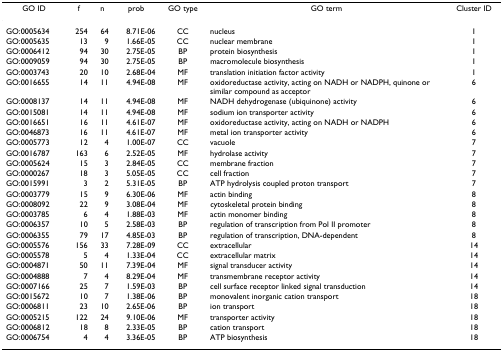
<table><thead><tr><td><b>GO ID</b></td><td><b>f</b></td><td><b>n</b></td><td><b>prob</b></td><td><b>GO type</b></td><td><b>GO term</b></td><td><b>Cluster ID</b></td></tr></thead><tbody><tr><td>GO:0005634</td><td>254</td><td>64</td><td>8.71E-06</td><td>CC</td><td>nucleus</td><td>1</td></tr><tr><td>GO:0005635</td><td>13</td><td>9</td><td>1.66E-05</td><td>CC</td><td>nuclear membrane</td><td>1</td></tr><tr><td>GO:0006412</td><td>94</td><td>30</td><td>2.75E-05</td><td>BP</td><td>protein biosynthesis</td><td>1</td></tr><tr><td>GO:0009059</td><td>94</td><td>30</td><td>2.75E-05</td><td>BP</td><td>macromolecule biosynthesis</td><td>1</td></tr><tr><td>GO:0003743</td><td>20</td><td>10</td><td>2.68E-04</td><td>MF</td><td>translation initiation factor activity</td><td>1</td></tr><tr><td>GO:0016655</td><td>14</td><td>11</td><td>4.94E-08</td><td>MF</td><td>oxidoreductase activity, acting on NADH or NADPH, quinone or similar compound as acceptor</td><td>6</td></tr><tr><td>GO:0008137</td><td>14</td><td>11</td><td>4.94E-08</td><td>MF</td><td>NADH dehydrogenase (ubiquinone) activity</td><td>6</td></tr><tr><td>GO:0015081</td><td>14</td><td>11</td><td>4.94E-08</td><td>MF</td><td>sodium ion transporter activity</td><td>6</td></tr><tr><td>GO:0016651</td><td>16</td><td>11</td><td>4.61E-07</td><td>MF</td><td>oxidoreductase activity, acting on NADH or NADPH</td><td>6</td></tr><tr><td>GO:0046873</td><td>16</td><td>11</td><td>4.61E-07</td><td>MF</td><td>metal ion transporter activity</td><td>6</td></tr><tr><td>GO:0005773</td><td>12</td><td>4</td><td>1.00E-07</td><td>CC</td><td>vacuole</td><td>7</td></tr><tr><td>GO:0016787</td><td>163</td><td>6</td><td>2.52E-05</td><td>MF</td><td>hydrolase activity</td><td>7</td></tr><tr><td>GO:0005624</td><td>15</td><td>3</td><td>2.84E-05</td><td>CC</td><td>membrane fraction</td><td>7</td></tr><tr><td>GO:0000267</td><td>18</td><td>3</td><td>5.05E-05</td><td>CC</td><td>cell fraction</td><td>7</td></tr><tr><td>GO:0015991</td><td>3</td><td>2</td><td>5.31E-05</td><td>BP</td><td>ATP hydrolysis coupled proton transport</td><td>7</td></tr><tr><td>GO:0003779</td><td>15</td><td>9</td><td>6.30E-06</td><td>MF</td><td>actin binding</td><td>8</td></tr><tr><td>GO:0008092</td><td>22</td><td>9</td><td>3.08E-04</td><td>MF</td><td>cytoskeletal protein binding</td><td>8</td></tr><tr><td>GO:0003785</td><td>6</td><td>4</td><td>1.88E-03</td><td>MF</td><td>actin monomer binding</td><td>8</td></tr><tr><td>GO:0006357</td><td>10</td><td>5</td><td>2.58E-03</td><td>BP</td><td>regulation of transcription from Pol II promoter</td><td>8</td></tr><tr><td>GO:0006355</td><td>79</td><td>17</td><td>4.85E-03</td><td>BP</td><td>regulation of transcription, DNA-dependent</td><td>8</td></tr><tr><td>GO:0005576</td><td>156</td><td>33</td><td>7.28E-09</td><td>CC</td><td>extracellular</td><td>14</td></tr><tr><td>GO:0005578</td><td>5</td><td>4</td><td>1.33E-04</td><td>CC</td><td>extracellular matrix</td><td>14</td></tr><tr><td>GO:0004871</td><td>50</td><td>11</td><td>7.39E-04</td><td>MF</td><td>signal transducer activity</td><td>14</td></tr><tr><td>GO:0004888</td><td>7</td><td>4</td><td>8.29E-04</td><td>MF</td><td>transmembrane receptor activity</td><td>14</td></tr><tr><td>GO:0007166</td><td>25</td><td>7</td><td>1.59E-03</td><td>BP</td><td>cell surface receptor linked signal transduction</td><td>14</td></tr><tr><td>GO:0015672</td><td>10</td><td>7</td><td>1.38E-06</td><td>BP</td><td>monovalent inorganic cation transport</td><td>18</td></tr><tr><td>GO:0006811</td><td>23</td><td>10</td><td>2.65E-06</td><td>BP</td><td>ion transport</td><td>18</td></tr><tr><td>GO:0005215</td><td>122</td><td>24</td><td>9.10E-06</td><td>MF</td><td>transporter activity</td><td>18</td></tr><tr><td>GO:0006812</td><td>18</td><td>8</td><td>2.33E-05</td><td>BP</td><td>cation transport</td><td>18</td></tr><tr><td>GO:0006754</td><td>4</td><td>4</td><td>3.36E-05</td><td>BP</td><td>ATP biosynthesis</td><td>18</td></tr></tbody></table>